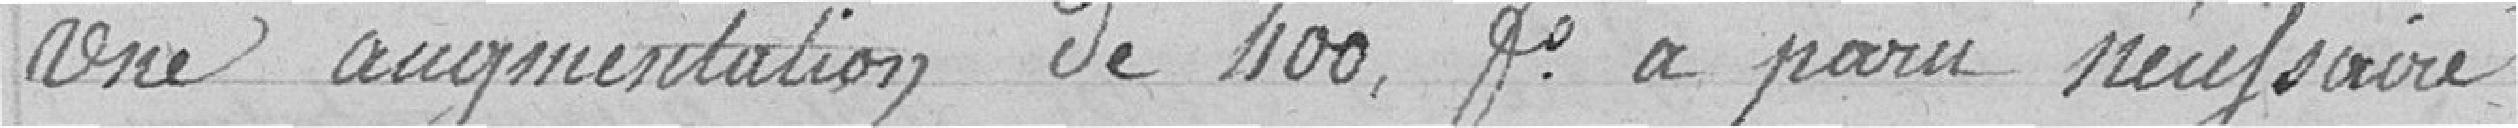
Une augmentation de 400 frs a paru nécessaire.